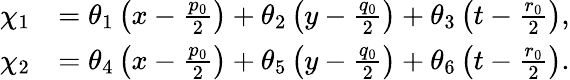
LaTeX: \begin{array}{rl}{\chi_{1}}&{=\theta_{1}\left(x-\frac{p_{0}}{2}\right)+\theta_{2}\left(y-\frac{q_{0}}{2}\right)+\theta_{3}\left(t-\frac{r_{0}}{2}\right),}\\ {\chi_{2}}&{=\theta_{4}\left(x-\frac{p_{0}}{2}\right)+\theta_{5}\left(y-\frac{q_{0}}{2}\right)+\theta_{6}\left(t-\frac{r_{0}}{2}\right).}\end{array}